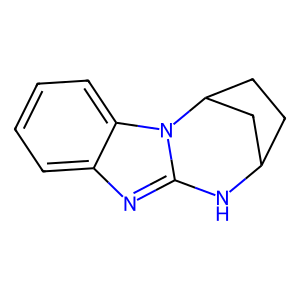
SMILES: c1ccc2c(c1)nc1n2C2CCC(C2)N1
Inhibits HIV replication: No